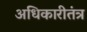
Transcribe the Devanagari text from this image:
अधिकारीतंत्र